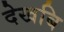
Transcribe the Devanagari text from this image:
देखबि